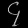
Digit: ၄